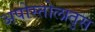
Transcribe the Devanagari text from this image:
अपोस्तोलातुस